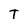
Character: T